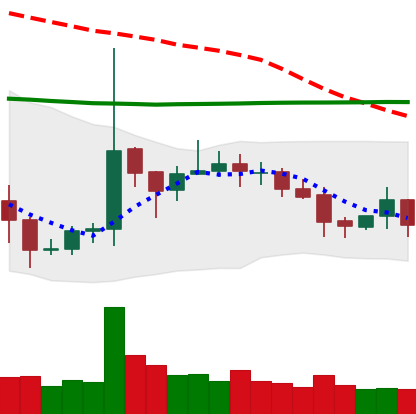
Ticker: EOS-USD
Chart end date: 2020-10-20
Forward return: 6.127%
Label: up_5_7